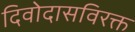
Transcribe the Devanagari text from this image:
दिवोदासविरक्त